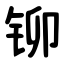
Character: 铆